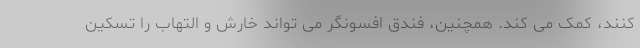
کنند، کمک می کند. همچنین، فندق افسونگر می تواند خارش و التهاب را تسکین